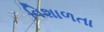
વિશાળતા